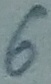
Text: 6